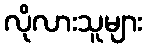
လိုလားသူများ